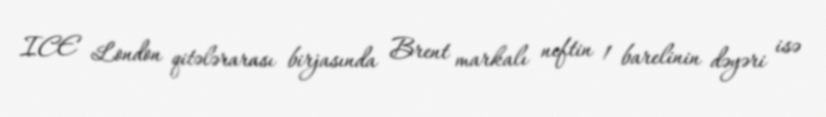
ICE London qitələrarası birjasında Brent markalı neftin 1 barelinin dəyəri isə